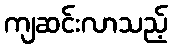
ကျဆင်းလာသည့်